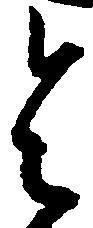
令